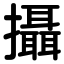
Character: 攝